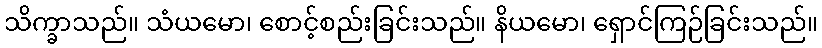
သိက္ခာသည်။ သံယမော၊ စောင့်စည်းခြင်းသည်။ နိယမော၊ ရှောင်ကြဉ်ခြင်းသည်။